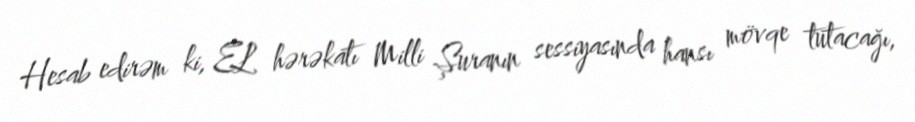
Hesab edirəm ki, EL hərəkatı Milli Şuranın sessiyasında hansı mövqe tutacağı,